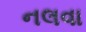
નલવા